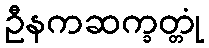
ဦနကဆက္ခတ္တုံ